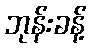
ဘုန်းခန့်